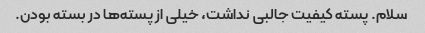
سلام. پسته کیفیت جالبی نداشت، خیلی از پسته‌ها در بسته بودن.